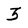
Character: 3